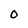
Character: 0